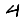
Digit: 4